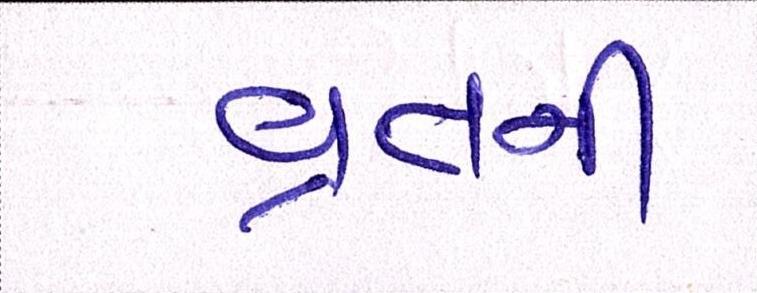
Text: વ્રતની